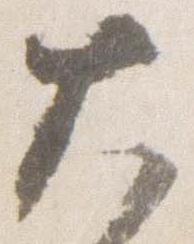
大